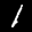
Label: 1